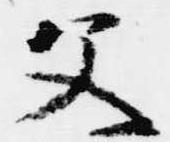
父